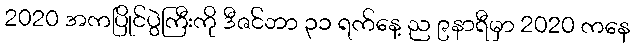
2020 အကပြိုင်ပွဲကြီးကို ဒီဇင်ဘာ ၃၁ ရက်နေ့ ည ၉နာရီမှာ 2020 ကနေ